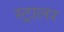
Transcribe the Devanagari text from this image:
स्ट्रालर